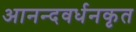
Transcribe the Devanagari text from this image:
आनन्दवर्धनकृत